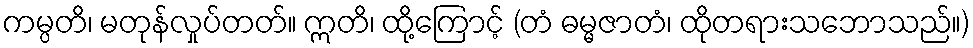
ကမ္ပတိ၊ မတုန်လှုပ်တတ်။ ဣတိ၊ ထို့ကြောင့် (တံ ဓမ္မဇာတံ၊ ထိုတရားသဘောသည်။)